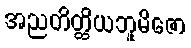
အညတိတ္ထိယဘူမိဇော